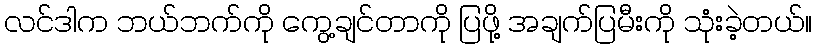
လင်ဒါက ဘယ်ဘက်ကို ကွေ့ချင်တာကို ပြဖို့ အချက်ပြမီးကို သုံးခဲ့တယ်။